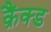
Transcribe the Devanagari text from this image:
क्रैंक्ड